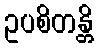
ဥပစိတန္တိ